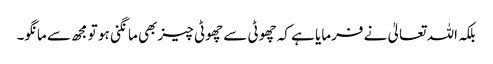
بلکہ اللہ تعالیٰ نے فرمایا ہے کہ چھوٹی سے چھوٹی چیز بھی مانگنی ہو تو مجھ سے مانگو۔